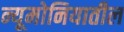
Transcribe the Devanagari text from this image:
न्यूमोनियातील